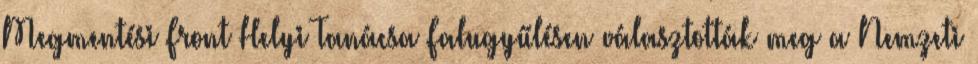
Megmentési Front Helyi Tanácsa Falugyűlésen választották meg a Nemzeti